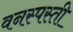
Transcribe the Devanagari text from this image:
वनस्पस्ती